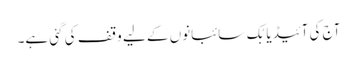
آج کی آئیڈیا بُک سائبانوں کے لیے وقف کی گئی ہے۔